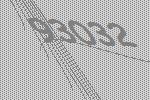
93032